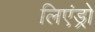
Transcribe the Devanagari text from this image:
लिएंड्रो